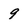
Character: 9